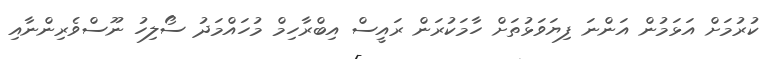
ކުރުމަށް އަޅަމުން އަންނަ ފިޔަވަޅުތަށް ހާމަކުރަން ރައީސް އިބްރާހިމް މުހައްމަދު ސޯލިހު ނޫސްވެެރިންނާއި